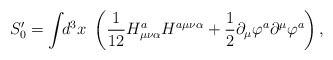
\begin{align*}S_0^{\prime }=\int \!\!d^3x~\left( \frac 1{12}H_{\mu \nu \alpha }^aH^{a\mu\nu \alpha }+\frac 12\partial _\mu \varphi ^a\partial ^\mu \varphi ^a\right), \end{align*}